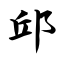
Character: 邱